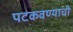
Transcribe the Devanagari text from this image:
पटकवण्याची